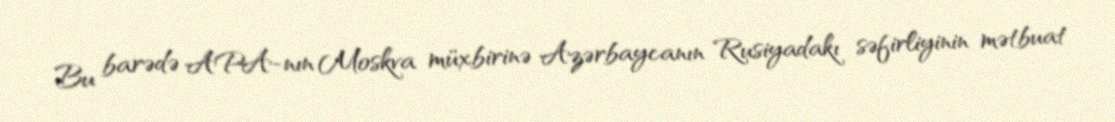
Bu barədə APA-nın Moskva müxbirinə Azərbaycanın Rusiyadakı səfirliyinin mətbuat